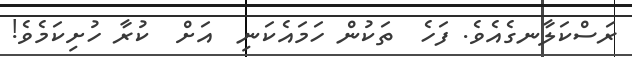
ރަސްކަލާނގެއެވެ. ފަހެ  ތަކުން ހަމައެކަނި  އަށް  ކުރާ ހުށިކަމެވެ!